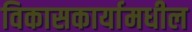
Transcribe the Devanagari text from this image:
विकासकार्यामधील